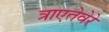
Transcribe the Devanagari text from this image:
त्राएतेवेरे